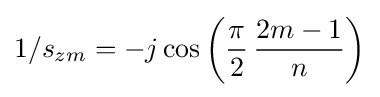
1/s_{zm}=-j\cos \left({\frac {\pi }{2}}\,{\frac {2m-1}{n}}\right)